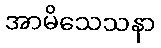
အာမိသေသနာ